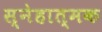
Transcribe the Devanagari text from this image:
स्नेहात्मक